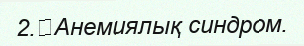
2.	Анемиялық синдром.